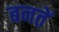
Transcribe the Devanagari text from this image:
बनतें